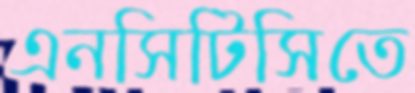
এনসিটিসিতে